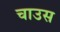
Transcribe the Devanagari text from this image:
चाउस